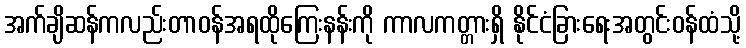
အက်ချိဆန်ကလည်းတာဝန်အရထိုကြေးနန်းကို ကာလကတ္တားရှိ နိုင်ငံခြားရေးအတွင်းဝန်ထံသို့